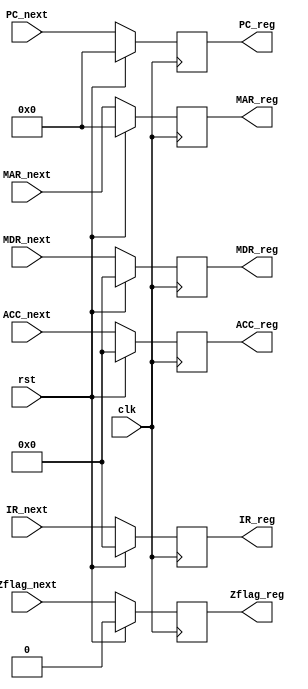
module registers(
           clk,
           rst,
           PC_reg, 
           PC_next,
           IR_reg,  
           IR_next,  
           ACC_reg,  
           ACC_next,  
           MDR_reg,  
           MDR_next,  
           MAR_reg,  
           MAR_next,  
           Zflag_reg,
           Zflag_next
		    );

input wire clk;
input wire rst;
output reg  [7:0]PC_reg; 
input wire  [7:0]PC_next;
 
output reg  [15:0]IR_reg;  
input wire  [15:0]IR_next;  

output reg  [15:0]ACC_reg;  
input wire  [15:0]ACC_next;  

output reg  [15:0]MDR_reg;  
input wire  [15:0]MDR_next;  

output reg  [7:0]MAR_reg;  
input wire  [7:0]MAR_next;  

output reg Zflag_reg;
input wire Zflag_next;

always @(posedge clk)
if(rst)
begin
PC_reg <= 8'b0;
IR_reg <= 16'b0;
ACC_reg <= 16'b0;
MDR_reg <= 16'b0;
MAR_reg <= 8'b0;
Zflag_reg <= 1'b0;
end
else
begin
//set registers to next values
PC_reg <= PC_next;
IR_reg <= IR_next;
ACC_reg <= ACC_next;
MDR_reg <= MDR_next;
MAR_reg <= MAR_next;
Zflag_reg <= Zflag_next;
end

endmodule